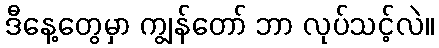
ဒီနေ့တွေမှာ ကျွန်တော် ဘာ လုပ်သင့်လဲ။